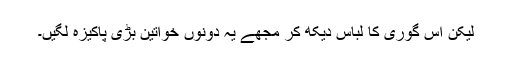
لیکن اس گوری کا لباس دیکھ کر مجھے یہ دونوں خواتین بڑی پاکیزہ لگیں۔